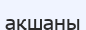
ақшаны